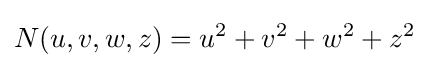
N(u,v,w,z)=u^{2}+v^{2}+w^{2}+z^{2}